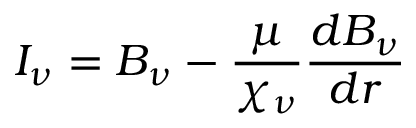
I _ { \nu } = B _ { \nu } - { \frac { \mu } { \chi _ { \nu } } } { \frac { d B _ { \nu } } { d r } }